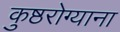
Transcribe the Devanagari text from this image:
कुष्ठरोग्याना